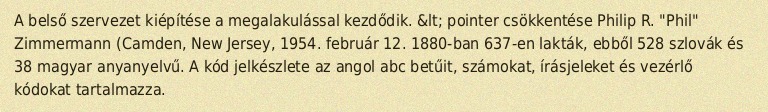
A belső szervezet kiépítése a megalakulással kezdődik. &lt; pointer csökkentése Philip R. "Phil" Zimmermann (Camden, New Jersey, 1954. február 12. 1880-ban 637-en lakták, ebből 528 szlovák és 38 magyar anyanyelvű. A kód jelkészlete az angol abc betűit, számokat, írásjeleket és vezérlő kódokat tartalmazza.